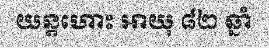
យន្តហោះ អាយុ ៨២ ឆ្នាំ